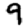
Digit: 9